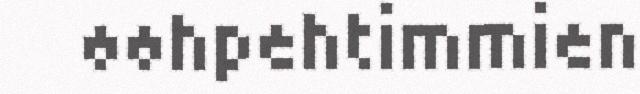
øøhpehtimmien